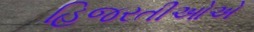
હિજરતીઓએ